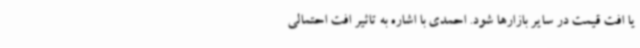
یا افت قیمت در سایر بازارها شود. احمدی با اشاره به تاثیر افت احتمالی